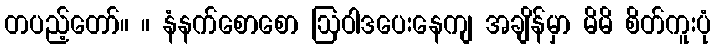
တပည့်တော်။ ။ နံနက်စောစော ဩဝါဒပေးနေကျ အချိန်မှာ မိမိ စိတ်ကူးပုံ